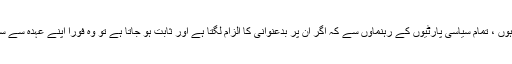
میں گزارش کرتا ہوں ، تمام سیاسی پارٹیوں کے رہنماؤں سے کہ اگر ان پر بدعنوانی کا الزام لگتا ہے اور ثابت ہو جاتا ہے تو وہ فوراََ اپنے عہدہ سے سبکدوش ہو جائیں ۔